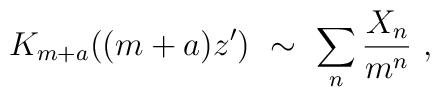
K_{m+a}((m+a)z')\ \sim\ \sum_n \frac{X_n}{m^n}\ ,